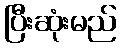
ပြီးဆုံးမည်